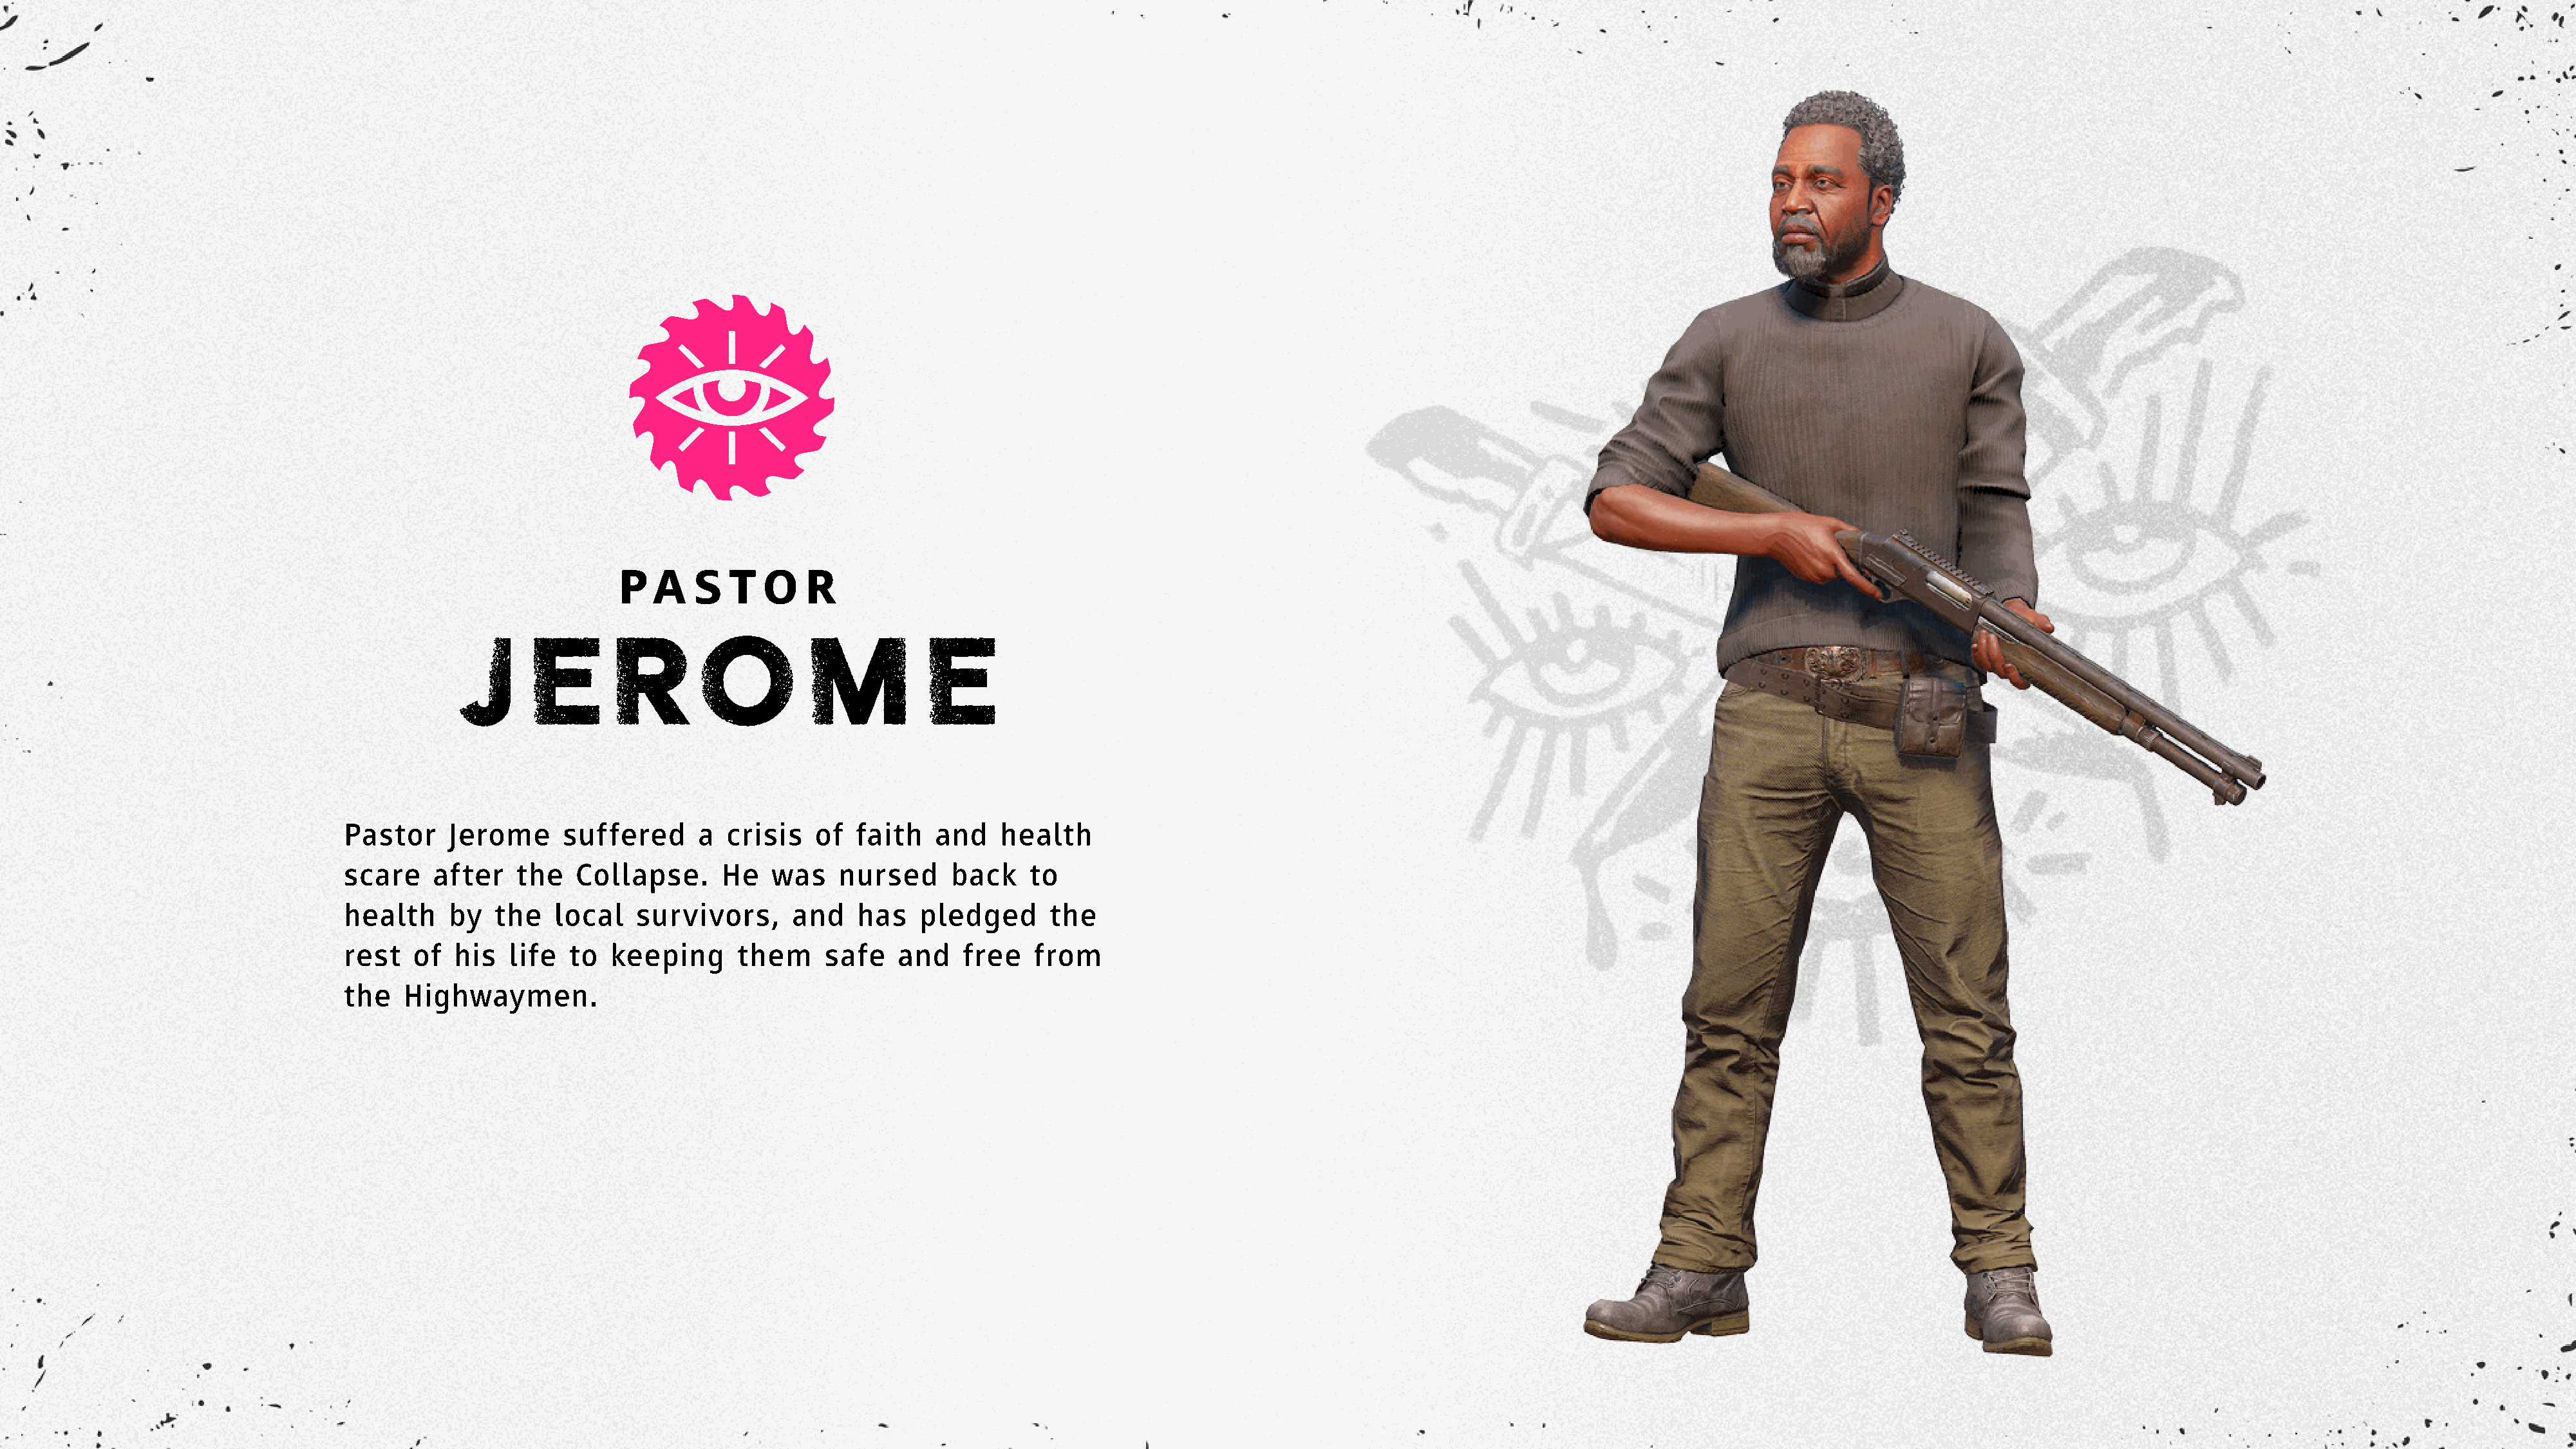
P  A   S   T  O    R
 JE             ROME
 Pastor     Jerome      suffered      a  crisis   of  faith   and    health
 scare     after   the   Collapse.      He   was    nursed      back    to
 health     by   the   local   survivors,      and    has    pledged      the
 rest   of   his  life  to   keeping      them     safe   and    free   from
 the   Highwaymen.